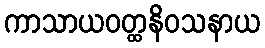
ကာသာယဝတ္ထနိဝသနာယ